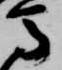
馬